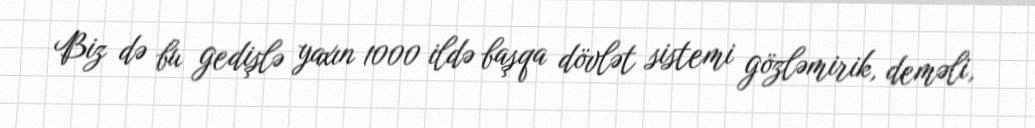
Biz də bu gedişlə yaxın 1000 ildə başqa dövlət sistemi gözləmirik, deməli,